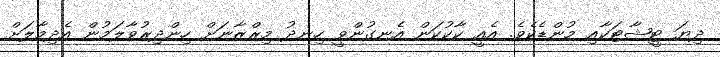
ދިޔަ ޓީޝާޓަކާއި މުންޑެކެވެ. އެއީ ކާކުކަން އެނގުންވީ ހިނދު މިރްޒާނަށް ހިންދިރުވާލަމުން އެދިމާލަށް